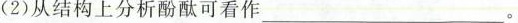
(2)从结构上分析酚酞可看作___。